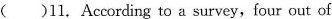
( )11. According to a survey, four out of